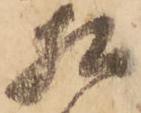
相